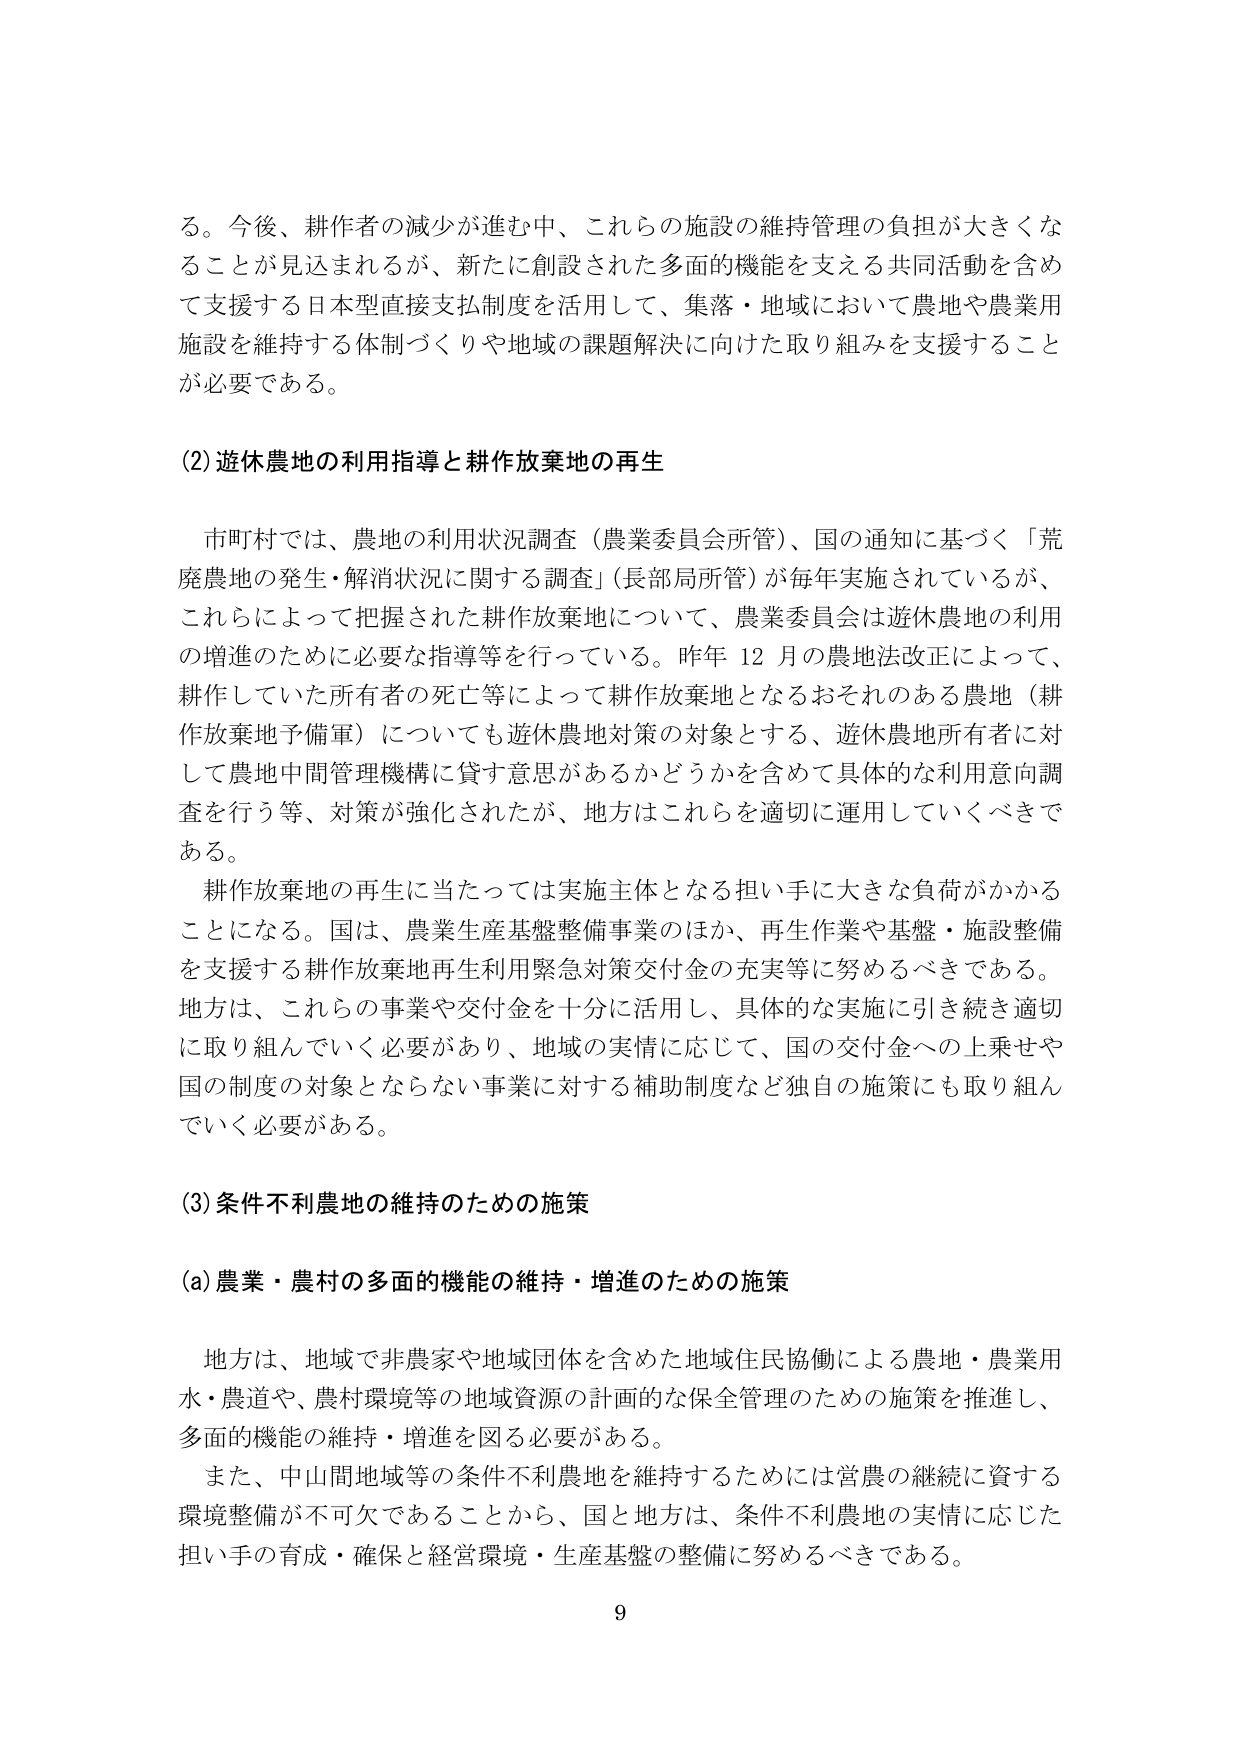
る。今後、耕作者の減少が進む中、これらの施設の維持管理の負担が大きくなることが見込まれるが、新たに創設された多面的機能を支える共同活動を含めて支援する日本型直接支払制度を活用して、集落・地域において農地や農業用施設を維持する体制づくりや地域の課題解決に向けた取り組みを支援することが必要である。

(2)遊休農地の利用指導と耕作放棄地の再生

市町村では、農地の利用状況調査（農業委員会所管）、国の通知に基づく「荒廃農地の発生・解消状況に関する調査」（長部局所管）が毎年実施されているが、これらによって把握された耕作放棄地について、農業委員会は遊休農地の利用の増進のために必要な指導等を行っている。昨年12月の農地法改正によって、耕作していた所有者の死亡等によって耕作放棄地となるおそれのある農地（耕作放棄地予備軍）についても遊休農地対策の対象とする、遊休農地所有者に対して農地中間管理機構に貸す意思があるかどうかを含めて具体的な利用意向調査を行う等、対策が強化されたが、地方はこれらを適切に運用していくべきである。

耕作放棄地の再生に当たっては実施主体となる担い手に大きな負荷がかかることになる。国は、農業生産基盤整備事業のほか、再生作業や基盤・施設整備を支援する耕作放棄地再生利用緊急対策交付金の充実等に努めるべきである。地方は、これらの事業や交付金を十分に活用し、具体的な実施に引き続き適切に取り組んでいく必要があり、地域の実情に応じて、国の交付金への上乗せや国の制度の対象とならない事業に対する補助制度など独自の施策にも取り組んでいく必要がある。

(3)条件不利農地の維持のための施策

(a)農業・農村の多面的機能の維持・増進のための施策

地方は、地域で非農家や地域団体を含めた地域住民協働による農地・農業用水・農道や、農村環境等の地域資源の計画的な保全管理のための施策を推進し、多面的機能の維持・増進を図る必要がある。

また、中山間地域等の条件不利農地を維持するためには営農の継続に資する環境整備が不可欠であることから、国と地方は、条件不利農地の実情に応じた担い手の育成・確保と経営環境・生産基盤の整備に努めるべきである。

9